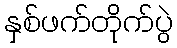
နှစ်ဖက်တိုက်ပွဲ